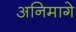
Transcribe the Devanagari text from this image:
अनिमागे